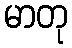
မာတု